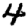
Digit: 4